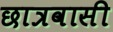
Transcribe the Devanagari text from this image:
छात्रवासी